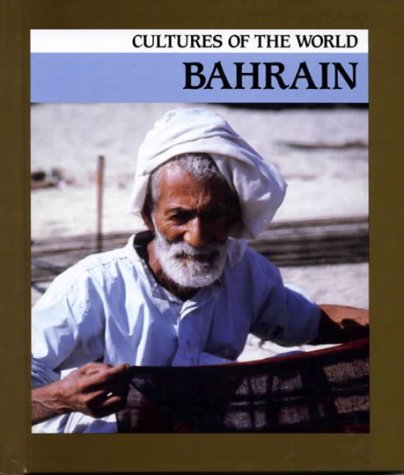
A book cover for Bahrain (Cultures of the World); Robert Cooper; History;